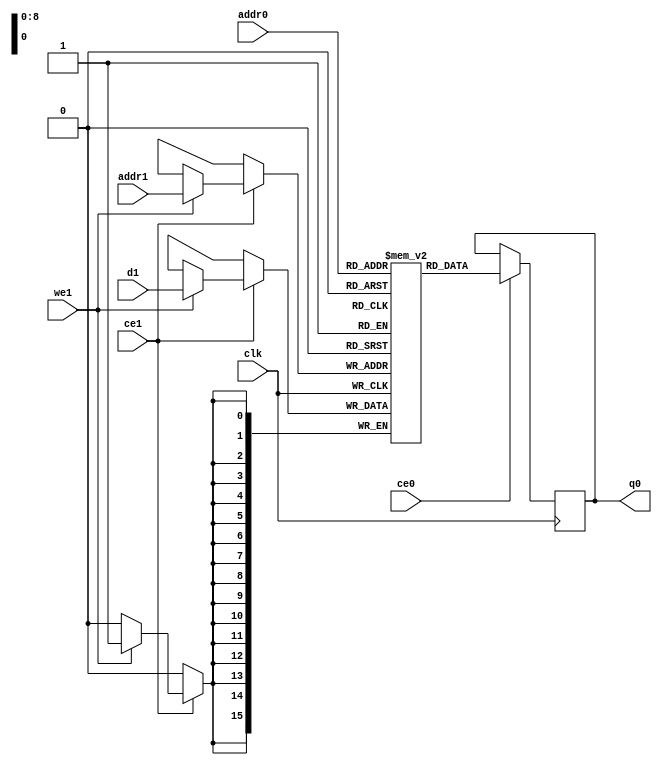
// ==============================================================
// File generated by Vivado(TM) HLS - High-Level Synthesis from C, C++ and SystemC
// Version: 2017.4
// Copyright (C) 1986-2017 Xilinx, Inc. All Rights Reserved.
// 
// ==============================================================

`timescale 1 ns / 1 ps
module line_buffer_mp_0_cud_ram (addr0, ce0, q0, addr1, ce1, d1, we1,  clk);

parameter DWIDTH = 16;
parameter AWIDTH = 9;
parameter MEM_SIZE = 390;

input[AWIDTH-1:0] addr0;
input ce0;
output reg[DWIDTH-1:0] q0;
input[AWIDTH-1:0] addr1;
input ce1;
input[DWIDTH-1:0] d1;
input we1;
input clk;

(* ram_style = "block" *)reg [DWIDTH-1:0] ram[0:MEM_SIZE-1];




always @(posedge clk)  
begin 
    if (ce0) 
    begin
            q0 <= ram[addr0];
    end
end


always @(posedge clk)  
begin 
    if (ce1) 
    begin
        if (we1) 
        begin 
            ram[addr1] <= d1; 
        end 
    end
end


endmodule


`timescale 1 ns / 1 ps
module line_buffer_mp_0_cud(
    reset,
    clk,
    address0,
    ce0,
    q0,
    address1,
    ce1,
    we1,
    d1);

parameter DataWidth = 32'd16;
parameter AddressRange = 32'd390;
parameter AddressWidth = 32'd9;
input reset;
input clk;
input[AddressWidth - 1:0] address0;
input ce0;
output[DataWidth - 1:0] q0;
input[AddressWidth - 1:0] address1;
input ce1;
input we1;
input[DataWidth - 1:0] d1;



line_buffer_mp_0_cud_ram line_buffer_mp_0_cud_ram_U(
    .clk( clk ),
    .addr0( address0 ),
    .ce0( ce0 ),
    .q0( q0 ),
    .addr1( address1 ),
    .ce1( ce1 ),
    .d1( d1 ),
    .we1( we1 ));

endmodule